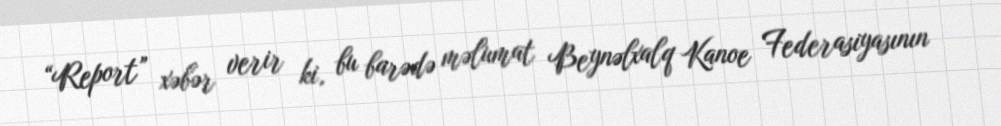
“Report” xəbər verir ki, bu barədə məlumat Beynəlxalq Kanoe Federasiyasının